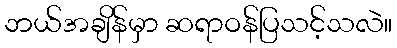
ဘယ်အချိန်မှာ ဆရာဝန်ပြသင့်သလဲ။